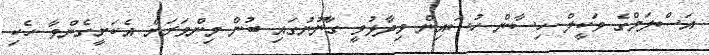
އަސްލަމްގެ ވަކީލް ހިސާން ހުސައިން ވިދާޅުވީ ގާނޫނުގައި ބުނާ މިންވަރަށް އެކަށީގެންވާ ހެކި